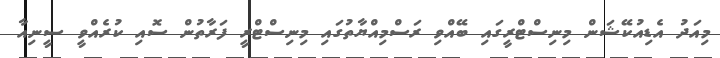
މިއަދު އެޑިއުކޭޝަން މިނިސްޓްރީގައި ބޭއްވި ރަސްމިއްޔާތުގައި މިނިސްޓްރީ ފަރާތުން ސޮއި ކުރެއްވީ ސީނިއާ